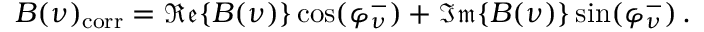
B ( \nu ) _ { \mathrm { c o r r } } = \mathfrak { R e } \{ B ( \nu ) \} \, \mathrm { c o s } ( \varphi _ { \nu } ^ { - } ) + \mathfrak { I m } \{ B ( \nu ) \} \, \mathrm { s i n } ( \varphi _ { \nu } ^ { - } ) \, .